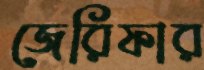
জেরিফার